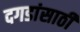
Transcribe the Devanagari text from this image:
दगडांसाठी